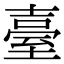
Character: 臺